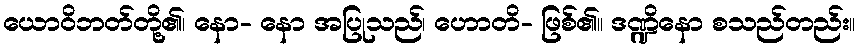
ယောဝိဘတ်တို့၏၊ နော- နော အပြုသည်၊ ဟောတိ- ဖြစ်၏။ ဒဏ္ဍိနော စသည်တည်း။